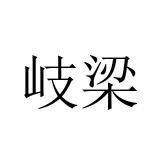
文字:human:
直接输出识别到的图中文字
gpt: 岐梁